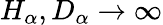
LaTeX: H_{\alpha},D_{\alpha}\to\infty